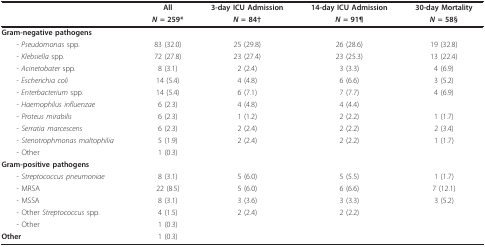
|  | All | 3-day ICU Admission | 14-day ICU Admission | 30-day Mortality |
 |  | N = 259* | N = 84† | N = 91¶ | N = 58§ |
 | --- | --- | --- | --- | --- |
 | Gram-negative pathogens |  |  |  |  |
 | - Pseudomonas spp. | 83 (32.0) | 25 (29.8) | 26 (28.6) | 19 (32.8) |
 | - Klebsiella spp. | 72 (27.8) | 23 (27.4) | 23 (25.3) | 13 (22.4) |
 | - Acinetobater spp. | 8 (3.1) | 2 (2.4) | 3 (3.3) | 4 (6.9) |
 | - Escherichia coli | 14 (5.4) | 4 (4.8) | 6 (6.6) | 3 (5.2) |
 | - Enterbacterium spp. | 14 (5.4) | 6 (7.1) | 7 (7.7) | 4 (6.9) |
 | - Haemophilus influenzae | 6 (2.3) | 4 (4.8) | 4 (4.4) |  |
 | - Proteus mirabilis | 6 (2.3) | 1 (1.2) | 2 (2.2) | 1 (1.7) |
 | - Serratia marcescens | 6 (2.3) | 2 (2.4) | 2 (2.2) | 2 (3.4) |
 | - Stenotrophmonas maltophilia | 5 (1.9) | 2 (2.4) | 2 (2.2) | 1 (1.7) |
 | - Other | 1 (0.3) |  |  |  |
 | Gram-positive pathogens |  |  |  |  |
 | - Streptococcus pneumoniae | 8 (3.1) | 5 (6.0) | 5 (5.5) | 1 (1.7) |
 | - MRSA | 22 (8.5) | 5 (6.0) | 6 (6.6) | 7 (12.1) |
 | - MSSA | 8 (3.1) | 3 (3.6) | 3 (3.3) | 3 (5.2) |
 | - Other Streptococcus spp. | 4 (1.5) | 2 (2.4) | 2 (2.2) |  |
 | - Other | 1 (0.3) |  |  |  |
 | Other | 1 (0.3) |  |  |  |